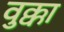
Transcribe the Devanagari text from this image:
वुक्का